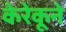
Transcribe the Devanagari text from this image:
केरेकूने